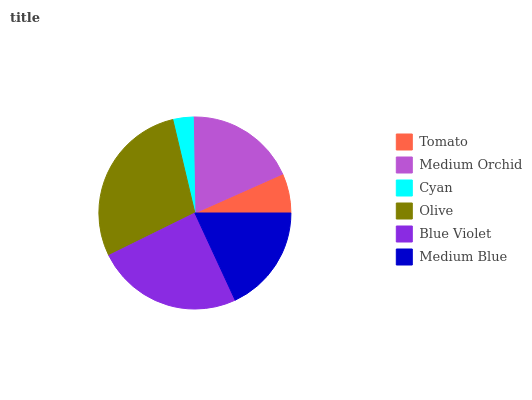
| Tomato | Medium Orchid | Cyan | Olive | Blue Violet | Medium Blue |
 | --- | --- | --- | --- | --- | --- |
 | 6.64% | 18.6% | 3.42% | 28.6% | 24.6% | 18.1% |